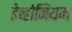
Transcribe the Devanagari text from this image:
डेव्होनियम